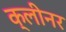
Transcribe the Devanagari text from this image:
क्‍लीनर